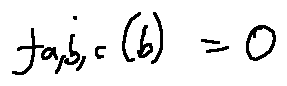
f _ { a , b , c } ( b ) = 0